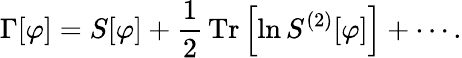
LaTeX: \Gamma[\varphi]=S[\varphi]+{\frac{1}{2}}\operatorname{Tr}\left[\ln{S^{(2)}[\varphi]}\right]+\cdots.